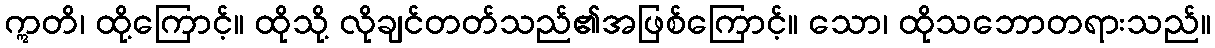
ဣတိ၊ ထို့ကြောင့်။ ထိုသို့ လိုချင်တတ်သည်၏အဖြစ်ကြောင့်။ သော၊ ထိုသဘောတရားသည်။